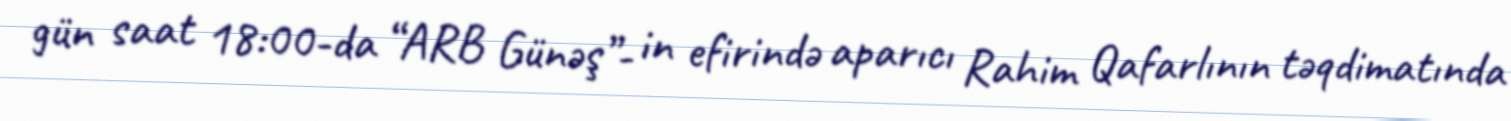
gün saat 18:00-da “ARB Günəş”- in efirində aparıcı Rahim Qafarlının təqdimatında